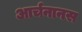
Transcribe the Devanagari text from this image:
आर्चनानस